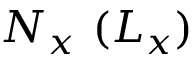
N _ { x } \ ( L _ { x } )